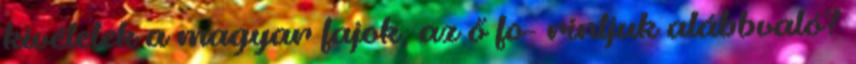
kivételek a magyar fajok, az ő fo- rintjuk alábbvaló?